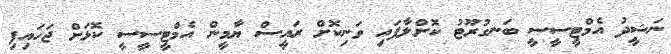
ނަޝީދު އެމްޓީސީސީ ބަނގުރޫޓު ކޮށްލާފައި ވަނިކޮށް ރައީސް ޔާމީން އެމްޓީސީސީ ކޮޅަށް ޖަހައިފި